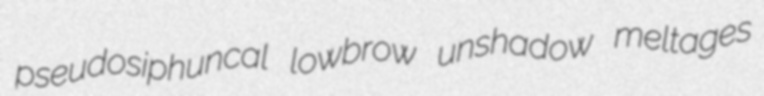
pseudosiphuncal lowbrow unshadow meltages